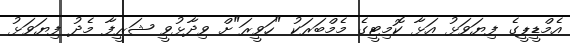
އެމްޑީޕީގެ ފިޔަވަޅު އަޅާ ކޮމިޓީގެ މެމްބަރަކު "ހަވީރަ"ށް ވިދާޅުވީ ޝަރީފާ މެދު ފިޔަވަޅު